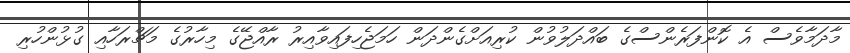
މާދަމާވެސް އެ ކޮންފަރެންސްގެ ބައްދަލުވުން ކުރިއަށްގެންދަން ހަމަޖެހިފައިވާއިރު ރާއްޖޭގެ މިހާރުގެ މަޗްރަހާއި ގުޅުންހުރިި